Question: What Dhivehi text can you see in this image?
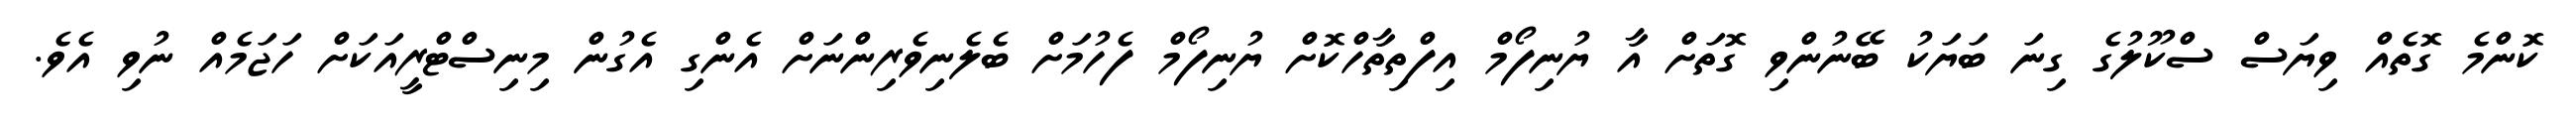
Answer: ކޮންމެ ގޮތެއް ވިޔަސް ސްކޫލުގެ ގިނަ ބަޔަކު ބޭނުންވި ގޮތަށް އާ ޔުނިފޯމް އިފްތިތާހްކޮށް ޔުނިފޯމް ފެހުމަށް ބެލެނިވެރިންނަށް އެންގި އެގުން މިނިސްޓްރީއަކަށް ހަޖަމެއް ނުވި އެވެ.